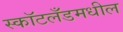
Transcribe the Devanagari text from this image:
स्कॉटलँडमधील